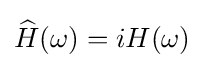
{\widehat {H}}(\omega )=iH(\omega )